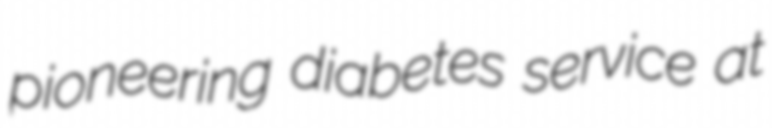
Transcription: pioneering diabetes service at